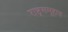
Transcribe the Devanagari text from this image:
राष्ट्रसमूहात